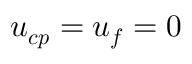
\boldsymbol { u _ { c p } } = \boldsymbol { u _ { f } } = 0